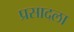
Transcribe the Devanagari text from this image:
प्रसादला